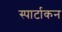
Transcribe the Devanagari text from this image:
स्पार्टाकन